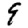
Digit: 9